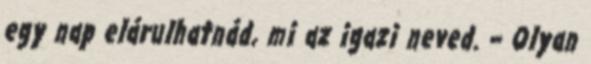
egy nap elárulhatnád, mi az igazi neved. – Olyan